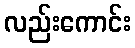
လည်းကောင်း